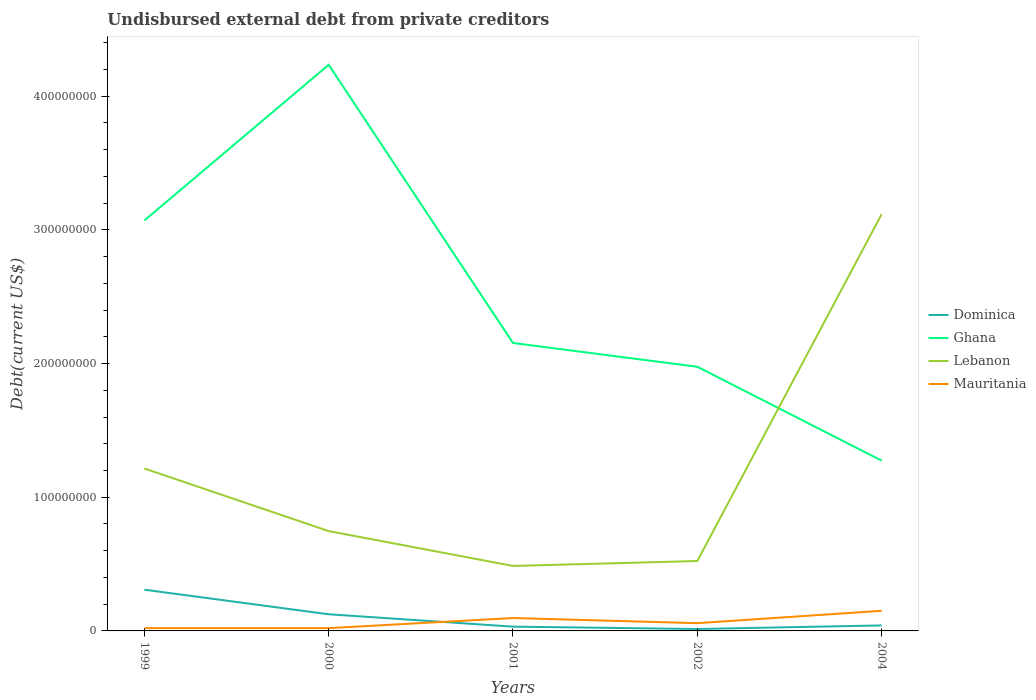
| Years | Dominica | Ghana | Lebanon | Mauritania |
 | --- | --- | --- | --- | --- |
 | 1999 | 3.08e+07 | 3.07e+08 | 1.22e+08 | 2.08e+06 |
 | 2000 | 1.25e+07 | 4.23e+08 | 7.47e+07 | 2.08e+06 |
 | 2001 | 3.20e+06 | 2.15e+08 | 4.86e+07 | 9.64e+06 |
 | 2002 | 1.44e+06 | 1.98e+08 | 5.23e+07 | 5.8e+06 |
 | 2004 | 4.12e+06 | 1.27e+08 | 3.12e+08 | 1.51e+07 |